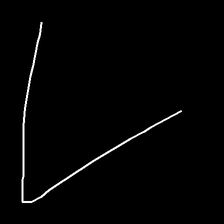
Glyph: region